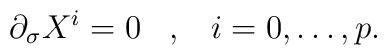
\partial_\sigma X^i = 0 \;\;\; ,\;\;\; i =0,\ldots , p .